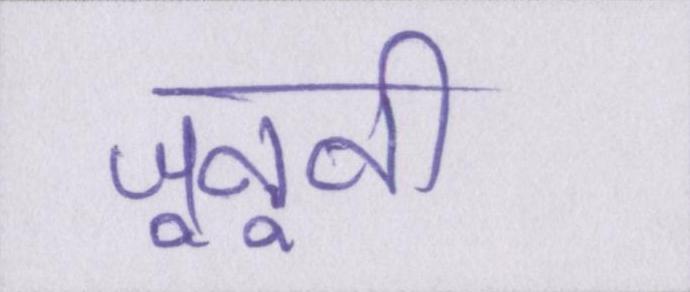
जूनूनी